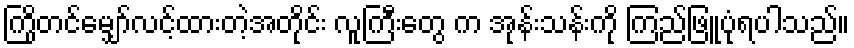
ကြိုတင်မျှော်လင့်ထားတဲ့အတိုင်း လူကြီးတွေ က အုန်းသန်းကို ကြည်ဖြူပုံရပါသည်။